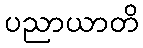
ပညာယာတိ